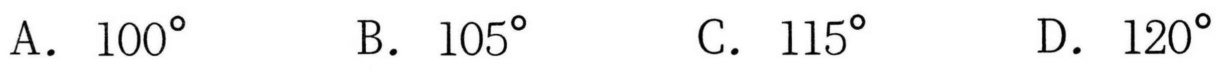
A. \(100^{\circ}\)
B. \(105^{\circ}\)
C. \(115^{\circ}\)
D. \(120^{\circ}\)